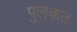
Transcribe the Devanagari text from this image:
पुलकत